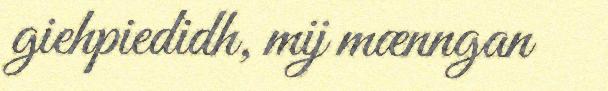
giehpiedidh, mij mænngan